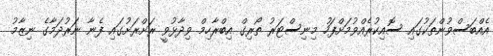
އެއްބަސްވުންތަކުގައި ސޮއިކުރެއްވުމަށްފަހު މިނިސްޓަރު ތޯރިގް އިބްރާހިމް ވިދާޅުވީ ރަށްރަށުގައި ފެނާ ނަރުދަމާގެ ނިޒާމު